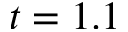
t = 1 . 1